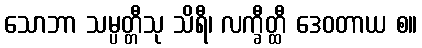
သောဘာ သမ္ပတ္တီသု သိရီ၊ လက္ခီတ္ထီ ဒေဝတာယ စ။